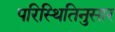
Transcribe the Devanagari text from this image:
परिस्थितिनुसार